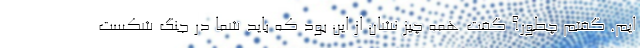
ایم. گفتم چطور؟ گفت همه چیز نشان از این بود که باید شما در جنگ شکست